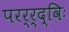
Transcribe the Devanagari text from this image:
परर्र्द्विः